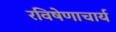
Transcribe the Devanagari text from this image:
रविषेणाचार्य